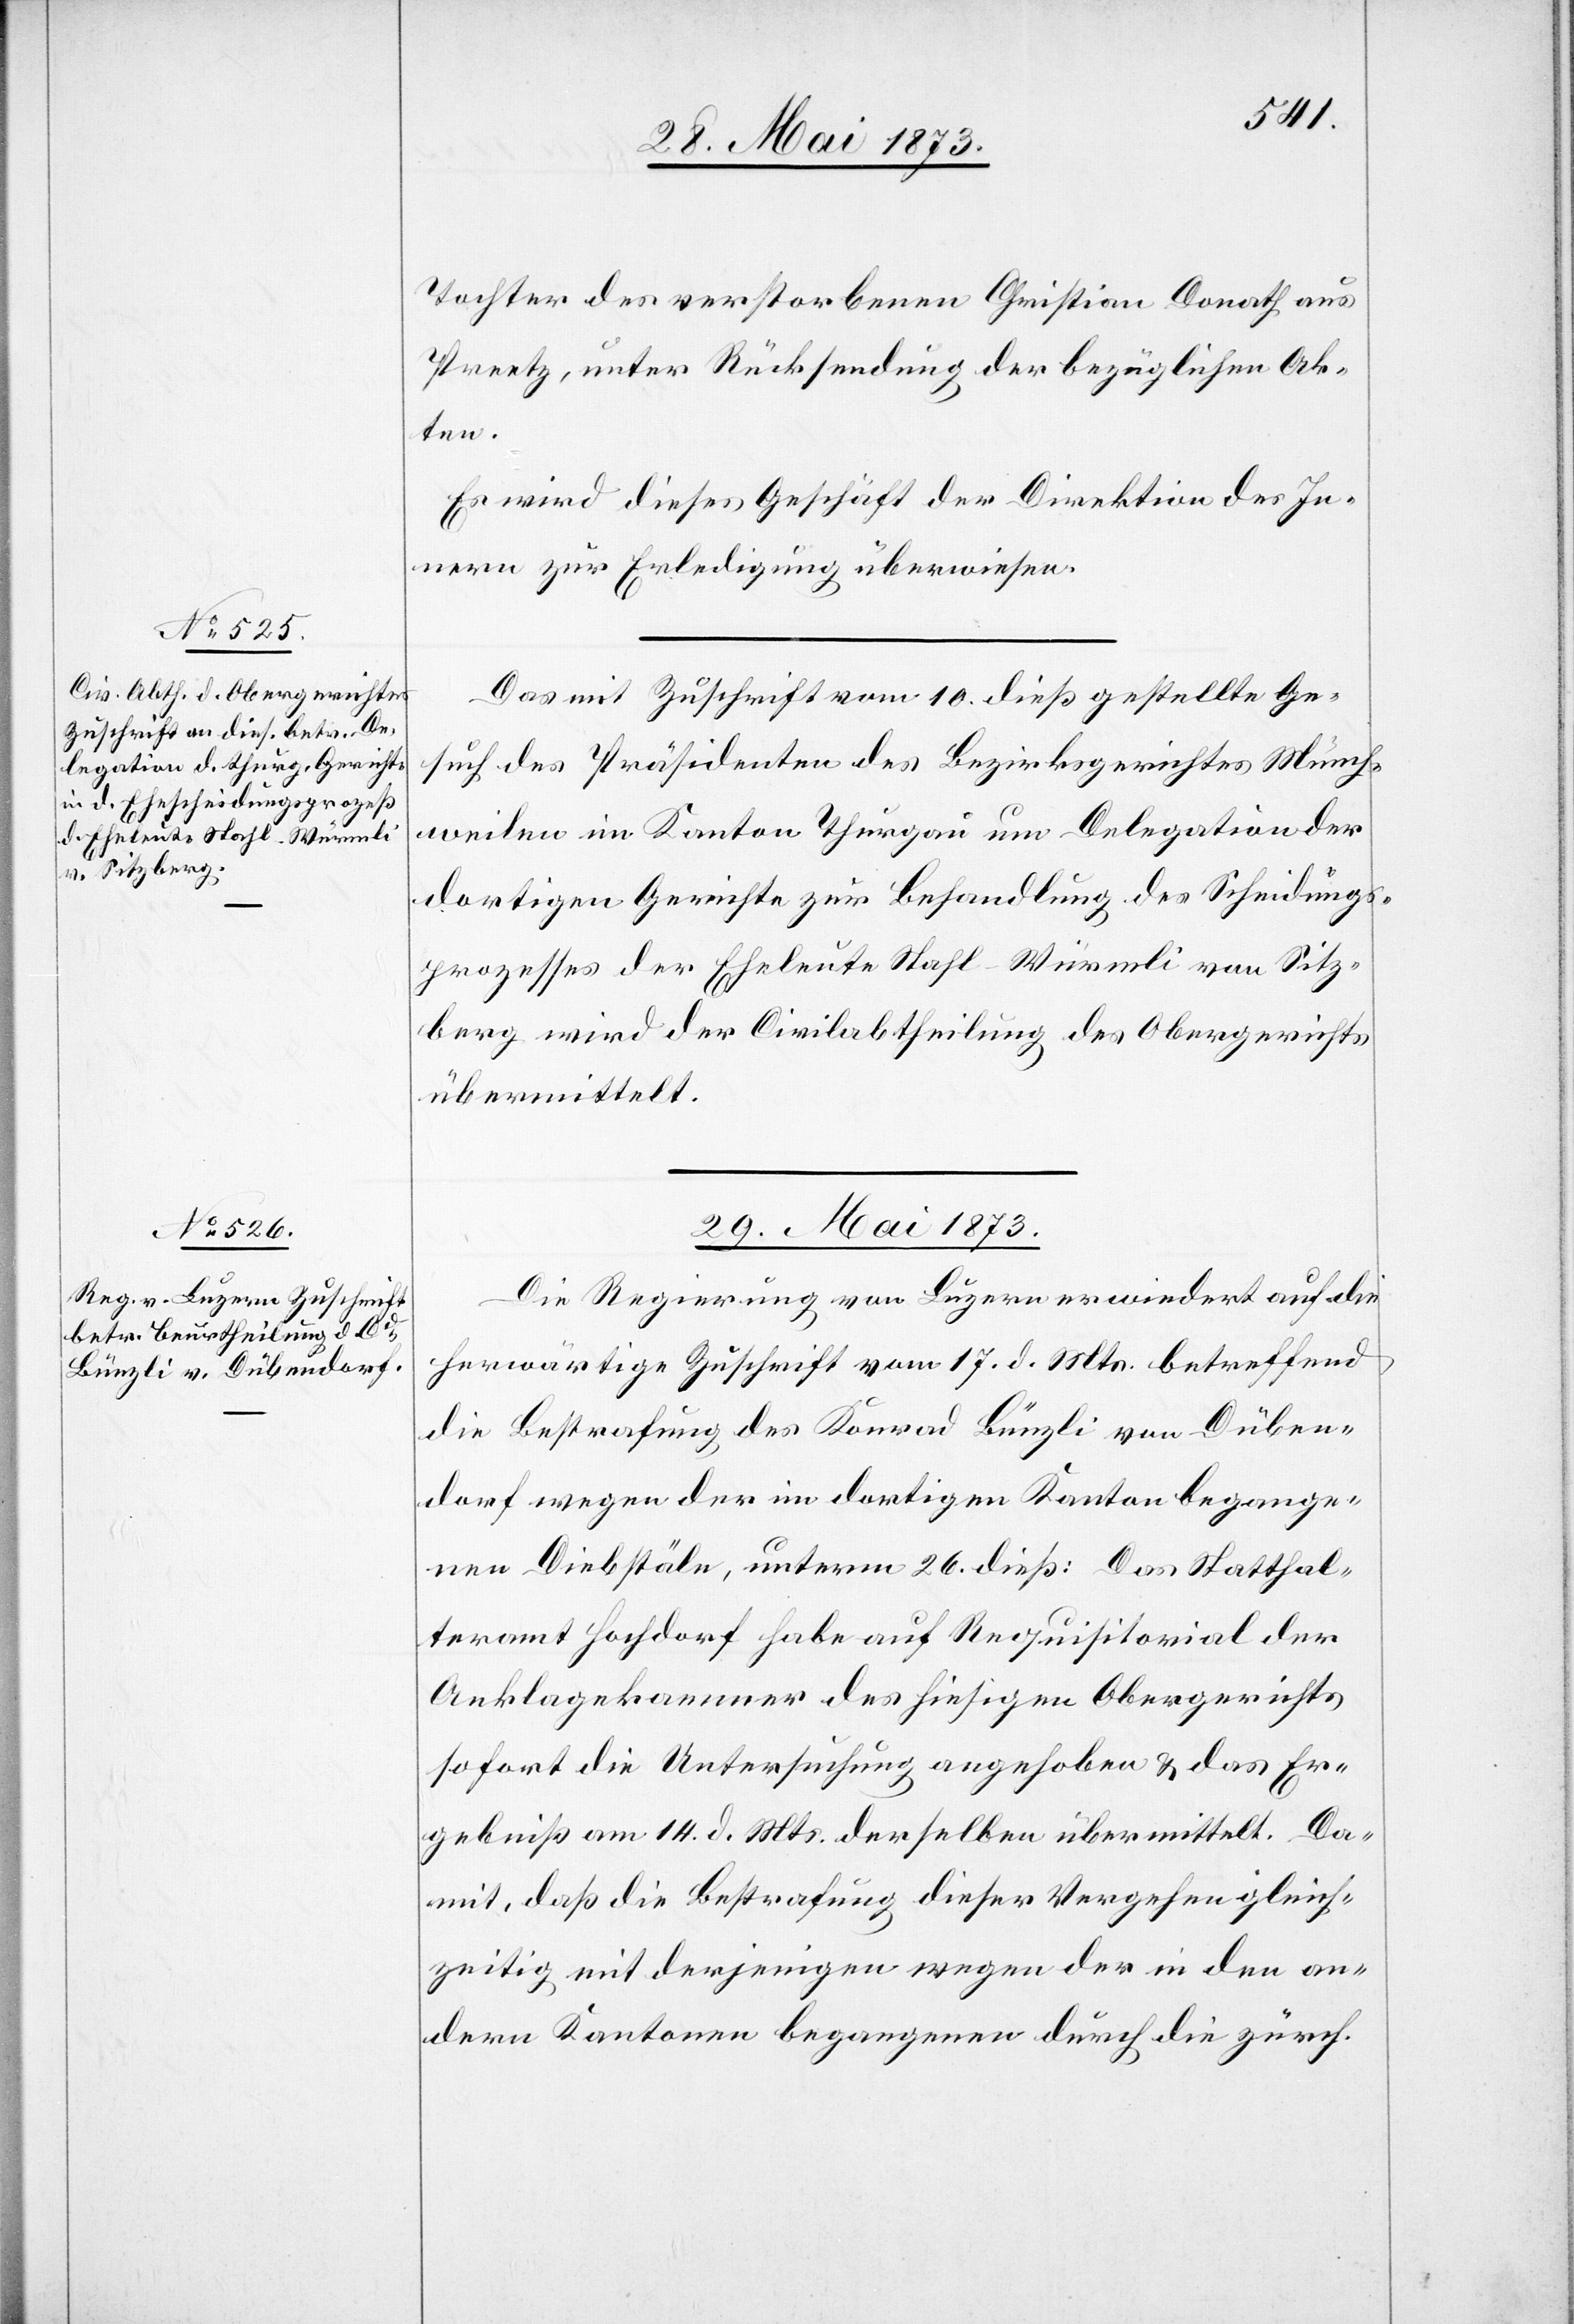
28. Mai 1873]
Tochter des verstorbenen Christian Donath aus
Preetz, unter Rücksendung der bezüglichen Ak¬
ten.
Es wird dieses Geschäft der Direktion des In¬
nern zur Erledigung überwiesen.
Das mit Zuschrift vom 10. dieß gestellte Ge¬
such des Präsidenten des Bezirksgerichtes Münch¬
weilen im Kanton Thurgau um Delegation der
dortigen Gerichte zur Behandlung des Scheidungs¬
prozesses der Eheleute Stahl-Würmli von Sitz¬
berg wird der Civilabtheilung des Obergerichts
übermittelt.
29. Mai 1873
Die Regierung von Luzern erwiedert auf die
herwärtige Zuschrift vom 17. d. Mts. betreffend
die Bestrafung des Konrad Bünzli von Düben¬
dorf wegen der im dortigen Kanton begange¬
nen Diebstäle, unterm 26. dieß: Das Statthal¬
teramt Hochdorf habe auf Requisitorial der
Anklagekammer des hiesigen Obergerichts
sofort die Untersuchung angehoben & das Er¬
gebniß am 14. d. Mts. derselben übermittelt. Da¬
mit, daß die Bestrafung dieser Vergehen gleich¬
zeitig mit derjenigen wegen der in den an¬
dern Kantonen begangenen durch die zürch.